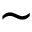
\sim